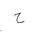
Letter: _ha